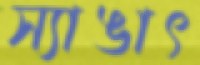
স্যাঙাৎ